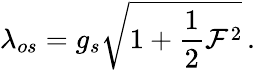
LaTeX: \lambda_{os}=g_{s}\sqrt{{1+{\frac{1}{2}}{\cal F}^{2}}}\, .